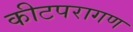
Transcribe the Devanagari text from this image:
कीटपरागण